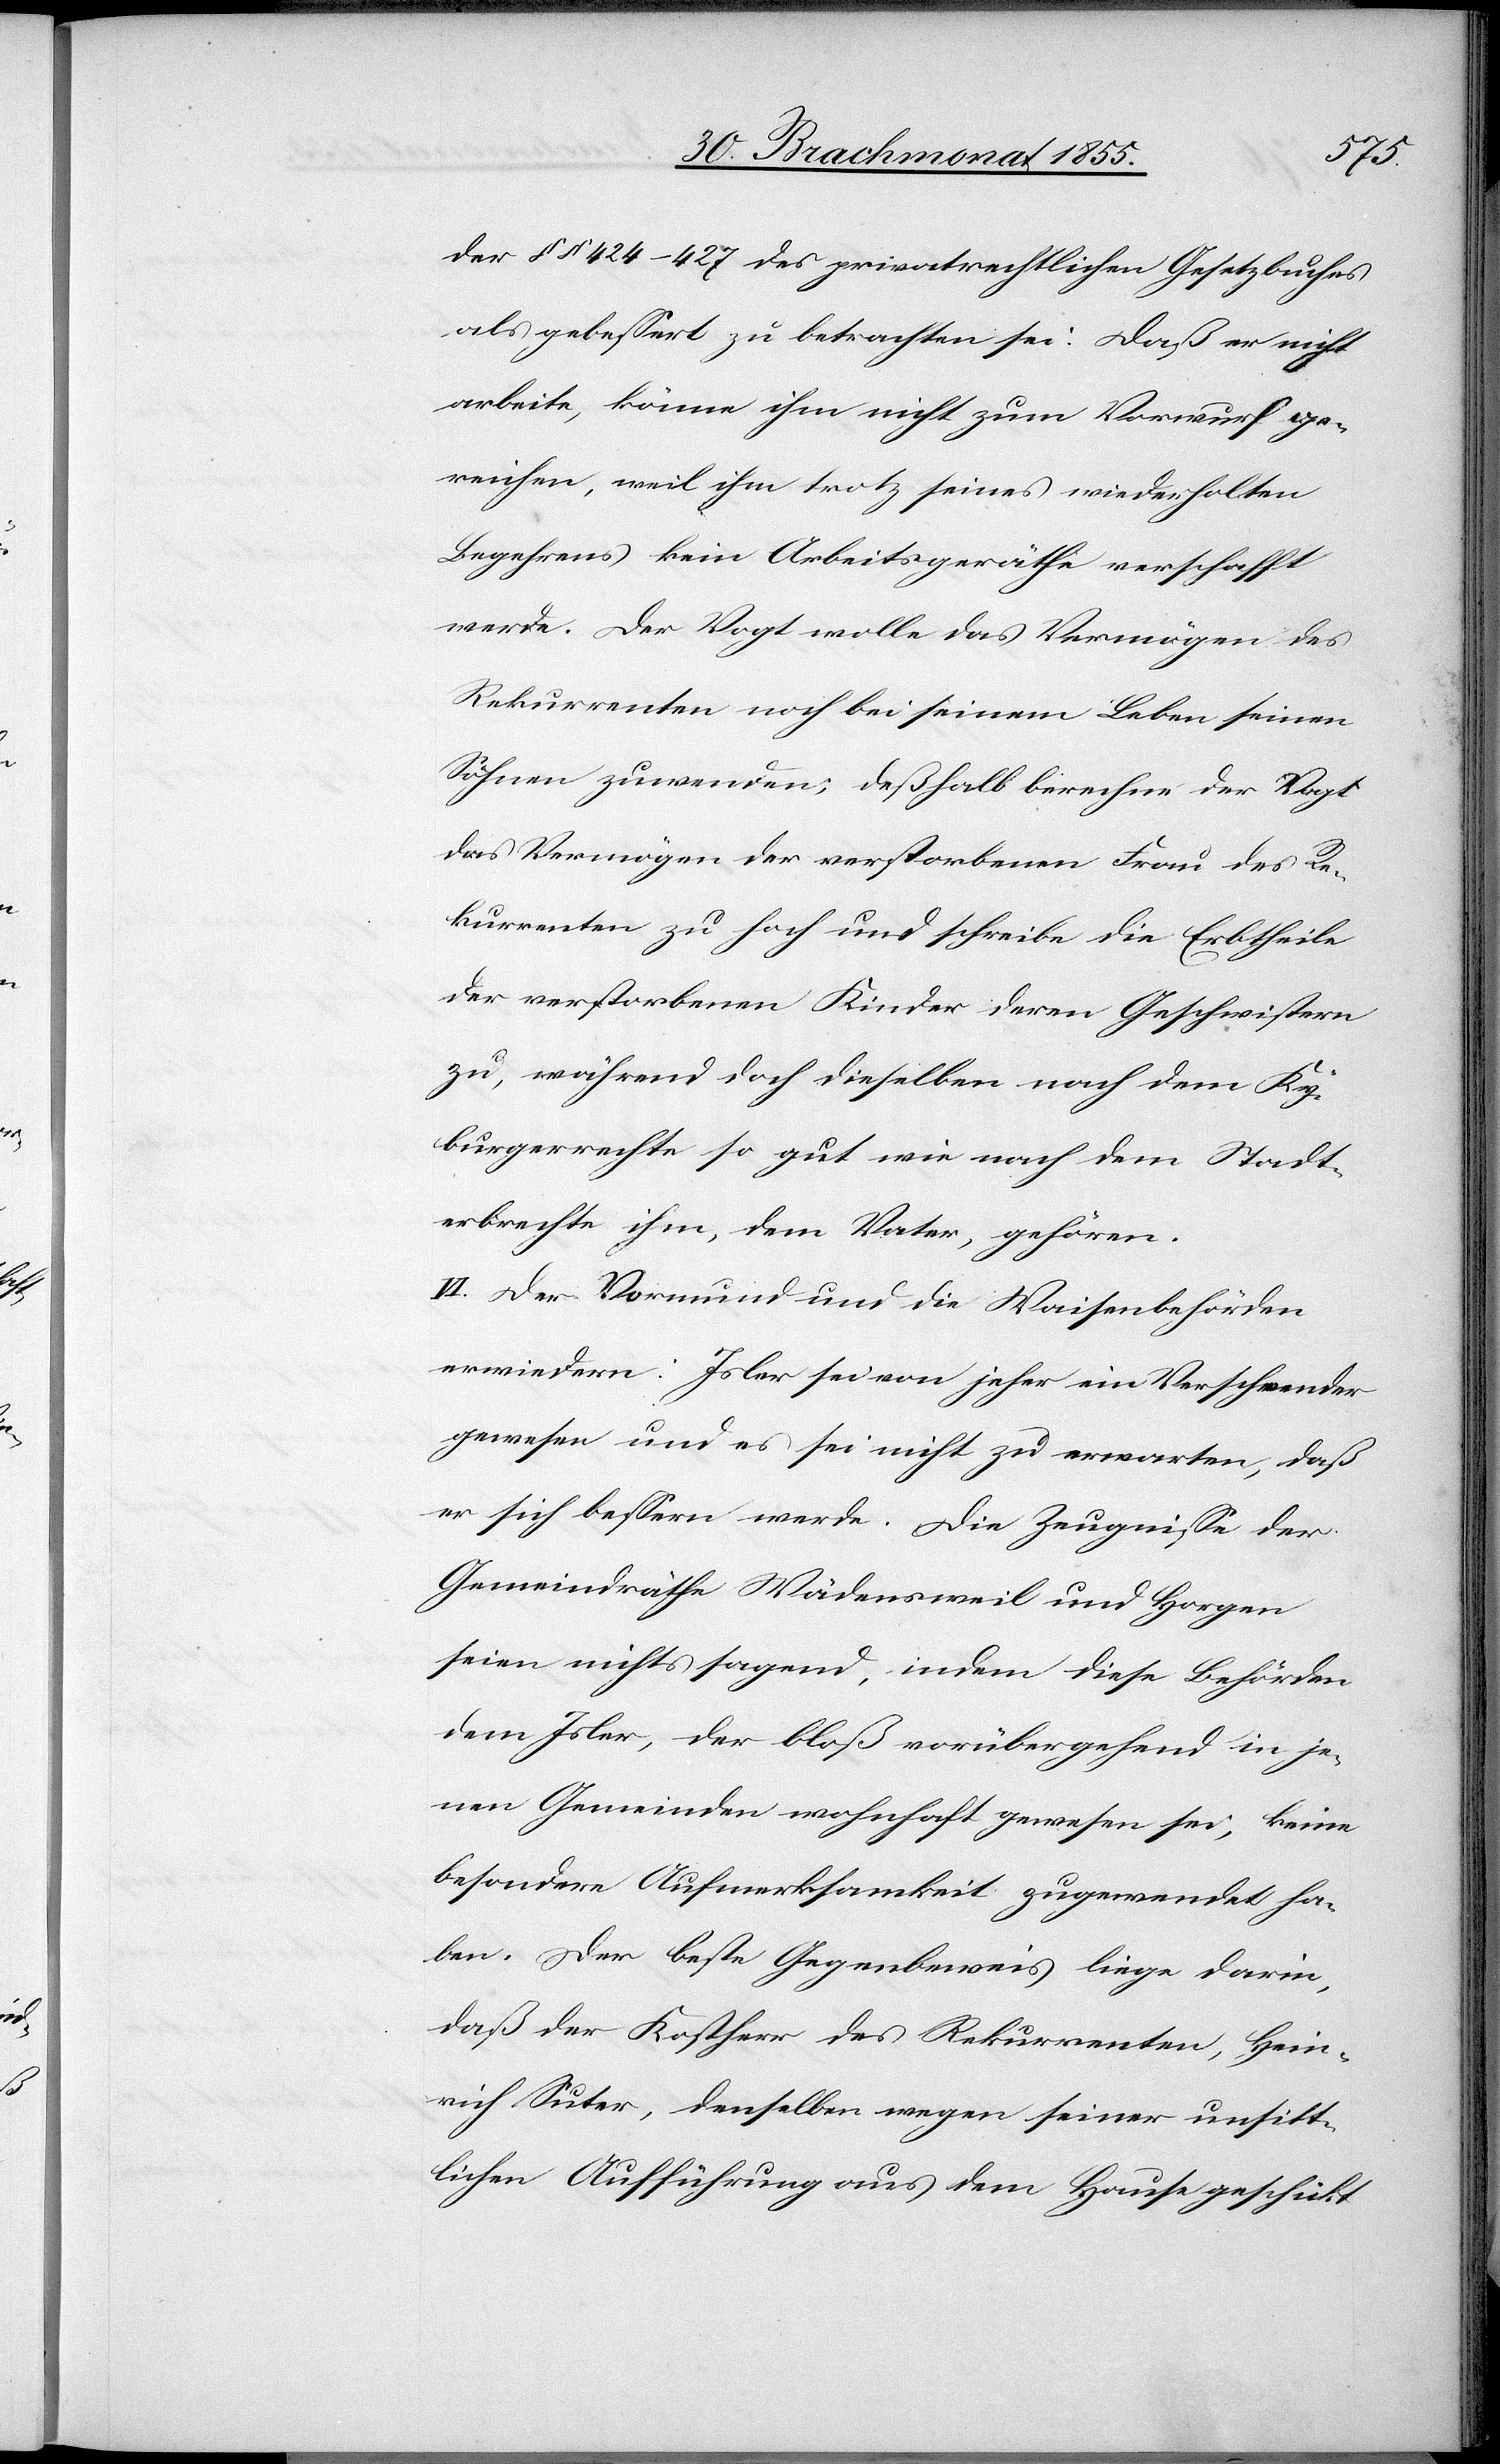
der §§ 424–427 des privatrechtlichen Gesetzbuches
als gebessert zu betrachten sei. Daß er nicht
arbeite, könne ihm nicht zum Vorwurf ge¬
reichen, weil ihm trotz seines wiederholten
Begehrens kein Arbeitsgeräthe verschafft
werde. Der Vogt wolle das Vermögen des
Rekurrenten noch bei seinem Leben seinen
Söhnen zuwenden; deßhalb berechne der Vogt
das Vermögen der verstorbenen Frau des Re¬
kurrenten zu hoch und schreibe die Erbtheile
der verstorbenen Kinder deren Geschwistern
zu, während doch dieselben nach dem Ky¬
burgerrechte so gut wie nach dem Stadt¬
erbrechte ihm, dem Vater, gehören.
VI. Der Vormund und die Waisenbehörden
erwiedern: Isler sei von jeher ein Verschwender
gewesen und es sei nicht zu erwarten, daß
er sich bessern werde. Die Zeugnisse der
Gemeindräthe Wädensweil und Horgen
seien nichts sagend, indem diese Behörden
dem Isler, der bloß vorübergehend in je¬
nen Gemeinden wohnhaft gewesen sei, keine
besondere Aufmerksamkeit zugewendet ha¬
ben. Der beste Gegenbeweis liege darin,
daß der Kostherr des Rekurrenten, Hein¬
rich Suter, denselben wegen seiner unsitt¬
lichen Aufführung aus dem Hause geschickt